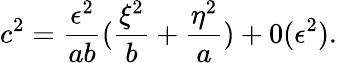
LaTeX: c^{2}=\frac{\epsilon^{2}}{ab}(\frac{\xi^{2}}b+\frac{\eta^{2}}a)+0(\epsilon^{2}).